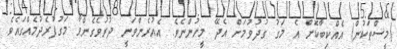
(މީސްތަކުން) އެއްކިބާކޮށް އެ މަގު ގުދުވުމަށް އެދޭ މީހުންނެވެ. އެއުރެންވަނީ ދުރުވެގެންވާ މަގުފުރެދުމެއްގައެވެ.